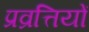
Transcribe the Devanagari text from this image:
प्रव्रत्तियों